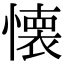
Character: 懐